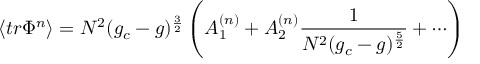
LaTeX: \langle t r \Phi ^ { n } \rangle = N ^ { 2 } ( g _ { c } - g ) ^ { \frac { 3 } { 2 } } \left( A _ { 1 } ^ { ( n ) } + A _ { 2 } ^ { ( n ) } \frac { 1 } { N ^ { 2 } ( g _ { c } - g ) ^ { \frac { 5 } { 2 } } } + \cdots \right)